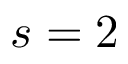
s = 2